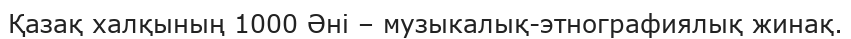
Қазақ халқының 1000 Әні – музыкалық-этнографиялық жинақ.